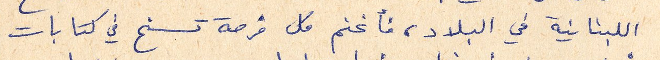
اللبنانية في البلاد، فأغنم كل فرصة تسنح في كتابات